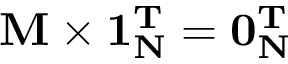
\bf { M } \times \bf { 1 } _ { N } ^ { T } = \bf { 0 } _ { N } ^ { T }